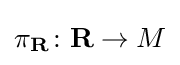
\pi _{\mathbf {R} }\colon {\mathbf {R} }\to M